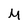
Character: M